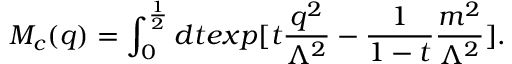
M _ { c } ( q ) = \int _ { 0 } ^ { \frac { 1 } { 2 } } d t e x p [ t \frac { q ^ { 2 } } { \Lambda ^ { 2 } } - \frac { 1 } { 1 - t } \frac { m ^ { 2 } } { \Lambda ^ { 2 } } ] .